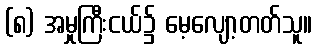
(၈) အမှုကြီးငယ်၌ မေ့လျော့တတ်သူ။